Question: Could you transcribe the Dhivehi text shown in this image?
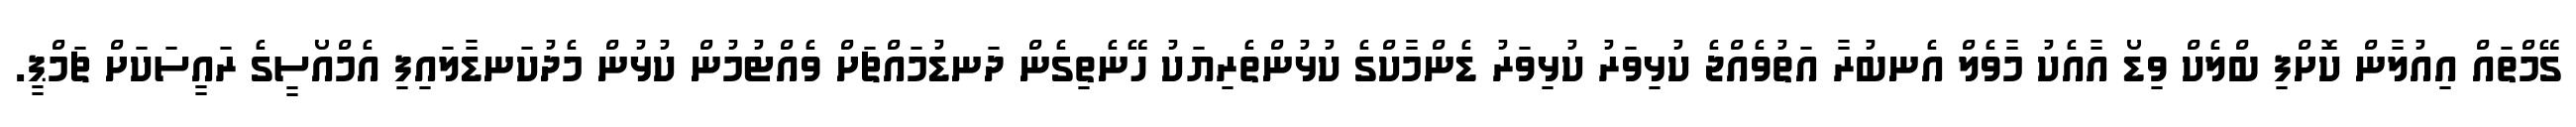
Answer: ގޭމްތައް އިއުލާން ކޮށްފި ބްލެކް ވިޑޯ އާއެކު މާވެލް އެނބުރާ އަތުވެއްޖެ ކުޅިވަރު ކުޅިވަރު ޑެންމާކްގެ ކުޅުންތެރިޔަކު ހޭނެތިގެން ދަނޑުމައްޗަށް ވެއްޓުމުން ކުޅުން މެދުކަނޑާލައިފި އެމްއޯސީގެ ރައީސަކަށް ޗަމްޕީ.